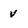
Character: v